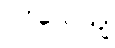
ပဝိသေယျ